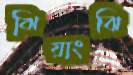
ঝিয়াংঝি